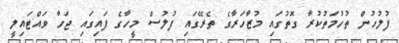
ފުލުހުން ތުހުމަތުކުރާ ގޮތުގައި މުޒާހަރާގެ ތެރޭގައި ފުލުސް މީހާގެ ފަައިގައި ޖަހާ ވައްޓައިލީ